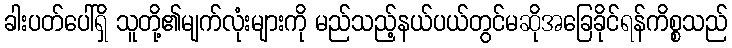
ခါးပတ်ပေါ်ရှိ သူတို့၏မျက်လုံးများကို မည်သည့်နယ်ပယ်တွင်မဆိုအခြေခိုင်ရန်ကိစ္စသည်